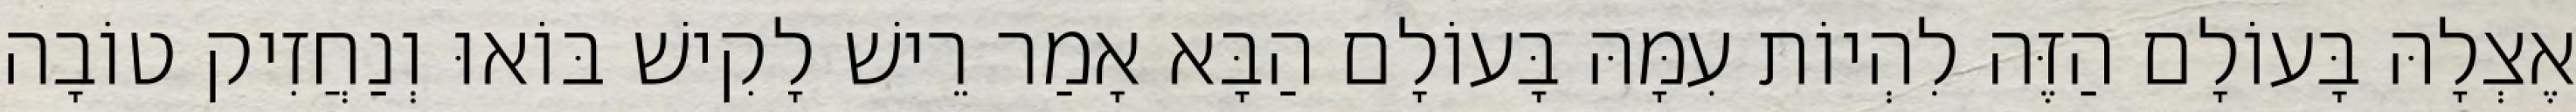
אֶצְלָהּ בָּעוֹלָם הַזֶּה לִהְיוֹת עִמָּהּ בָּעוֹלָם הַבָּא אָמַר רֵישׁ לָקִישׁ בּוֹאוּ וְנַחֲזִיק טוֹבָה